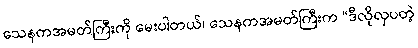
သေနကအမတ်ကြီးကို မေးပါတယ်၊ သေနကအမတ်ကြီးက “ဒီလိုလှပတဲ့